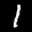
Label: 1